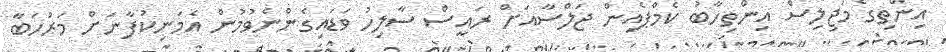
އިންތިގެ މަޖިލިސް އިންތިހާބު ކެމްޕެއިން ޖަލްސާއަށް ރައީސް ސާލިހު ވަޑައިގެންނެވުމުން އެމަނިކުފާނަށް މަރުހަބާ